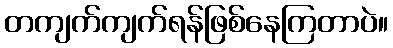
တကျက်ကျက်ရန်ဖြစ်နေကြတာပဲ။